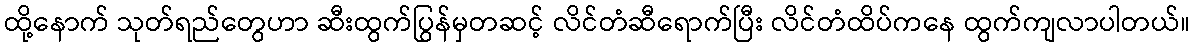
ထို့နောက် သုတ်ရည်တွေဟာ ဆီးထွက်ပြွန်မှတဆင့် လိင်တံဆီရောက်ပြီး လိင်တံထိပ်ကနေ ထွက်ကျလာပါတယ်။